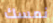
نمسك